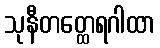
သုနီတတ္ထေရဂါထာ